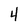
Character: 4